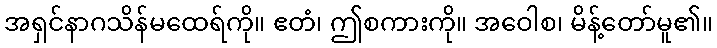
အရှင်နာဂသိန်မထေရ်ကို။ ဧတံ၊ ဤစကားကို။ အဝေါစ၊ မိန့်တော်မူ၏။